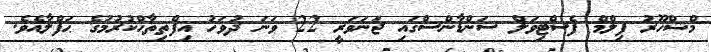
މްޝްހޫރު ފިލްމް ފެސްޓިވަލް ސަންޑާންސްގައި ޖަނަވަރީ 22 ވަނަ ދުވަހު އިފްތިތާޙްކުރުމުގެ ޙަފްލާއެވެ.